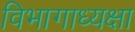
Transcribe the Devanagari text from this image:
विभागाध्यक्षा